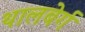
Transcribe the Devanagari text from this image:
थालबेर्ग